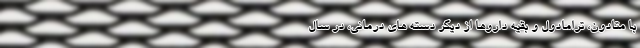
با متادون، ترامادول و بقیه داروها از دیگر دسته های درمانی، در سال